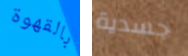
بالقهوة جسدية